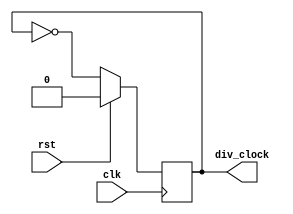
// Ask TAs if this is allowed
module clock_divider(div_clock, clk, rst);
	
	input clk, rst;
	output reg div_clock;
	
	always @(posedge clk) 
	begin
	if (rst)
		div_clock <= 1'b0;
	else
		div_clock <= ~div_clock;
	end
	
endmodule